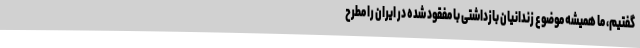
گفتیم، ما همیشه موضوع زندانیان بازداشتی با مفقود شده در ایران را مطرح